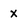
Character: x